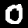
Digit: 0